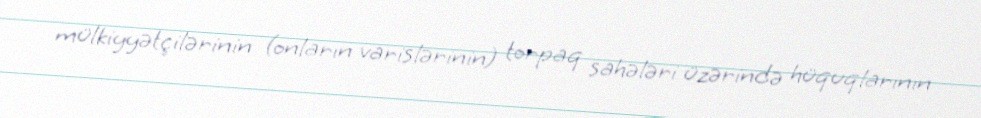
mülkiyyətçilərinin (onların varislərinin) torpaq sahələri üzərində hüquqlarının